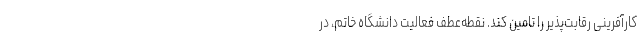
كارآفرینی رقابت‌پذیر را تامین كند. نقطه‌عطف فعالیت دانشگاه خاتم، در